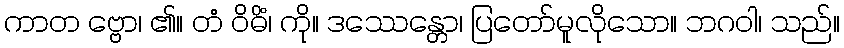
ကာတ ဗ္ဗော၊ ၏။ တံ ဝိဓိံ၊ ကို။ ဒဿေန္တော၊ ပြတော်မူလိုသော။ ဘဂဝါ၊ သည်။